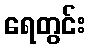
ရေတွင်း